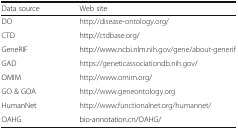
<table><thead><tr><td><b>Data source</b></td><td><b>Web site</b></td></tr></thead><tbody><tr><td>DO</td><td>http://disease-ontology.org/</td></tr><tr><td>CTD</td><td>http://ctdbase.org/</td></tr><tr><td>GeneRIF</td><td>http://www.ncbi.nlm.nih.gov/gene/about-generif</td></tr><tr><td>GAD</td><td>https://geneticassociationdb.nih.gov/</td></tr><tr><td>OMIM</td><td>http://www.omim.org/</td></tr><tr><td>GO &amp; GOA</td><td>http://www.geneontology.org</td></tr><tr><td>HumanNet</td><td>http://www.functionalnet.org/humannet/</td></tr><tr><td>OAHG</td><td>bio-annotation.cn/OAHG/</td></tr></tbody></table>